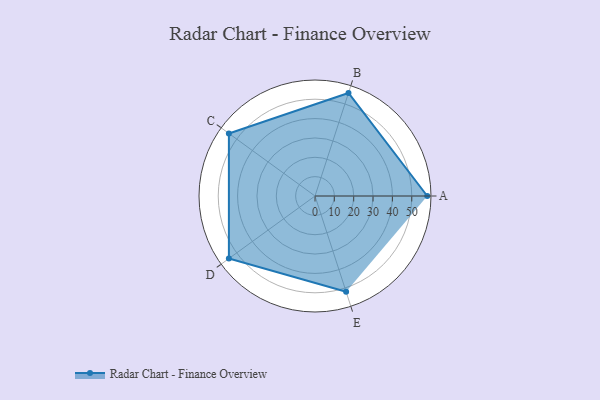
{"axis": {"x": "Skill", "y": "Score"}, "legend": ["Profile"], "data": [{"x": "A", "y": 58.0, "type": "Profile"}, {"x": "B", "y": 56.0, "type": "Profile"}, {"x": "C", "y": 55.0, "type": "Profile"}, {"x": "D", "y": 55.0, "type": "Profile"}, {"x": "E", "y": 52.0, "type": "Profile"}]}